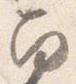
南